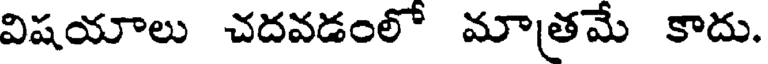
విషయాలు చదవడంలో మాత్రమే కాదు.